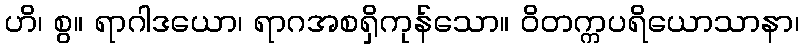
ဟိ၊ စွ။ ရာဂါဒယော၊ ရာဂအစရှိကုန်သော။ ဝိတက္ကပရိယောသာနာ၊